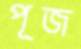
পূজ